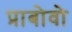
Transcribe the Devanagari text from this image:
प्राबोवो